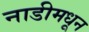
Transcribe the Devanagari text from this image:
नाडीमधून